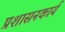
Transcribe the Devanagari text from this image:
प्रशासनकार्य